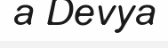
a Devya